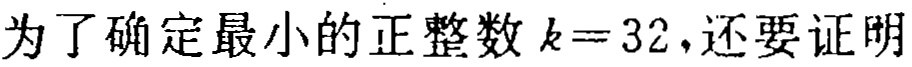
为了确定最小的正整数 \(k = 32\)，还要证明